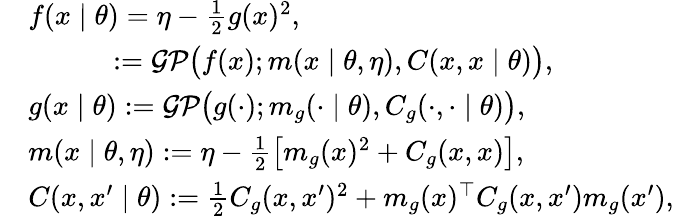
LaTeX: \begin{array}{rl}&{f(x\mid\theta)=\eta-\frac{1}{2}g(x)^{2},}\\ &{\quad\quad\quad:=\mathcal{GP}\big(f(x);m(x\mid\theta,\eta),C(x,x\mid\theta)\big),}\\ &{g(x\mid\theta):=\mathcal{GP}\big(g(\cdot);m_{g}(\cdot\mid\theta),C_{g}(\cdot,\cdot\mid\theta)\big),}\\ &{m(x\mid\theta,\eta):=\eta-\frac{1}{2}\left[m_{g}(x)^{2}+C_{g}(x,x)\right],}\\ &{C(x,x^{\prime}\mid\theta):=\frac{1}{2}C_{g}(x,x^{\prime})^{2}+m_{g}(x)^{\top}C_{g}(x,x^{\prime})m_{g}(x^{\prime}),}\end{array}